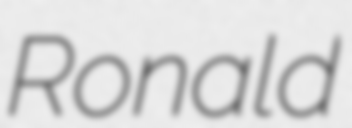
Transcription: Ronald